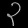
Digit: ၃